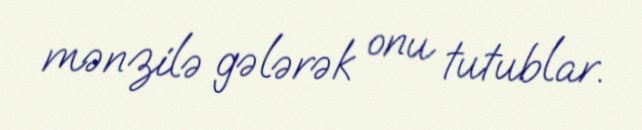
mənzilə gələrək onu tutublar.